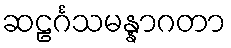
ဆဠင်္ဂသမန္နာဂတာ